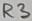
Text: R3